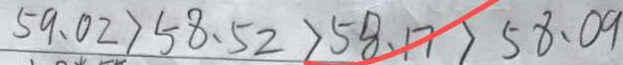
5 9 . 0 2 > 5 8 . 5 2 > 5 8 . 1 7 > 5 8 . 0 9